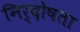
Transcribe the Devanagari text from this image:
निर्दोषता